Report of the Municipal Commissioner on the plague in Bombay for the year ending 31st May... - Volume 3
Disease focus: Plague
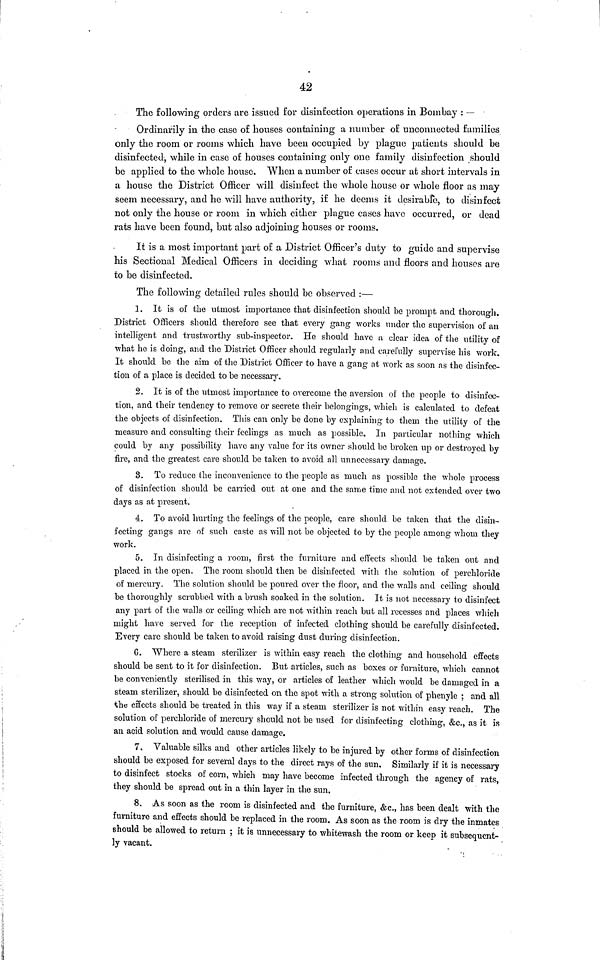
42
The following orders are issued for disinfection operations in Bombay : —
Ordinarily in the case of houses containing a number of unconnected families
only the room or rooms which have been occupied by plague patients should be
disinfected, while in case of houses containing only one family disinfection should
be applied to the whole house. "When a number of cases occur at short intervals in
a house the District Officer will disinfect the whole house or whole floor as may
seem necessary, and he will have authority, if he deems it desirable, to disinfect
not only the house or room in which either plague cases have occurred, or dead
rats have been found, but also adjoining houses or rooms.
It is a most important part of a District Officer's duty to guide and supervise
his Sectional Medical Officers in deciding what rooms and floors and houses are
to be disinfected.
The following detailed rules should be observed :—
1. It is of the utmost importance that disinfection should be prompt and thorough.
District Officers should therefore see that every gang works under the supervision of an
intelligent and trustworthy sub-inspector. He should have a clear idea of the utility of
what he is doing, and the District Officer should regularly and carefully supervise his work.
It should be the aim of the District Officer to have a gang at work as soon as the disinfec-
tion of a place is decided to be necessary.
2. It is of the utmost importance to overcome the aversion of the people to disinfec-
tion, and their tendency to remove or secrete their belongings, which is calculated to defeat
the objects of disinfection. This can only be done by explaining to them the utility of the
measure and consulting their feelings as much as possible. In particular nothing which
could by any possibility have any value for its owner should be broken up or destroyed by
fire, and the greatest care should be taken to avoid all unnecessary damage.
3. To reduce the inconvenience to the people as much as possible the whole process
of disinfection should be carried out at one and the same time and not extended over two
days as at present.
4. To avoid hurting the feelings of the people, care should be taken that the disin-
fecting gangs are of such caste as will not be objected to by the people among whom they
work.
5. In disinfecting a room, first the furniture and effects should be taken out and
placed in the open. The room should then be disinfected with the solution of perchloride
of mercury. The solution should be poured over the floor, and the walls and ceiling should
be thoroughly scrubbed with a brush soaked in the solution. It is not necessary to disinfect
any part of the walls or ceiling which are not within reach but all recesses and places which
might have served for the reception of infected clothing should be carefully disinfected.
Every care should be taken to avoid raising dust during disinfection.
6. Where a steam sterilizer is within easy reach the clothing and household effects
should be sent to it for disinfection. But articles, such as boxes or furniture, which cannot
be conveniently sterilised in this way, or articles of leather which would be damaged in a
steam sterilizer, should be disinfected on the spot with a strong solution of phenyle ; and all
the effects should be treated in this way if a steam sterilizer is not within easy reach. The
solution of perchloride of mercury should not be used for disinfecting clothing, &c, as it is
an acid solution and would cause damage.
7. Valuable silks and other articles likely to be injured by other forms of disinfection
should be exposed for several days to the direct rays of the sun. Similarly if it is necessary
to disinfect stocks of com, which may have become infected through the agency of rats,
they should be spread out in a thin layer in the sun,
8. As soon as the room is disinfected and the furniture, &c, has been dealt with the
furniture and effects should be replaced in the room. As soon as the room is dry the inmates
should be allowed to return ; it is unnecessary to whitewash the room or keep it subsequent-
ly vacant.